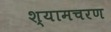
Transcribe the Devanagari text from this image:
श्यामचरण